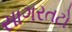
સાગરતટો